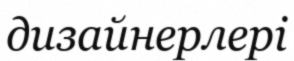
дизайнерлері